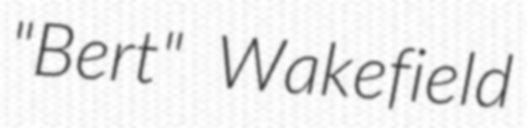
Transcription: "Bert" Wakefield